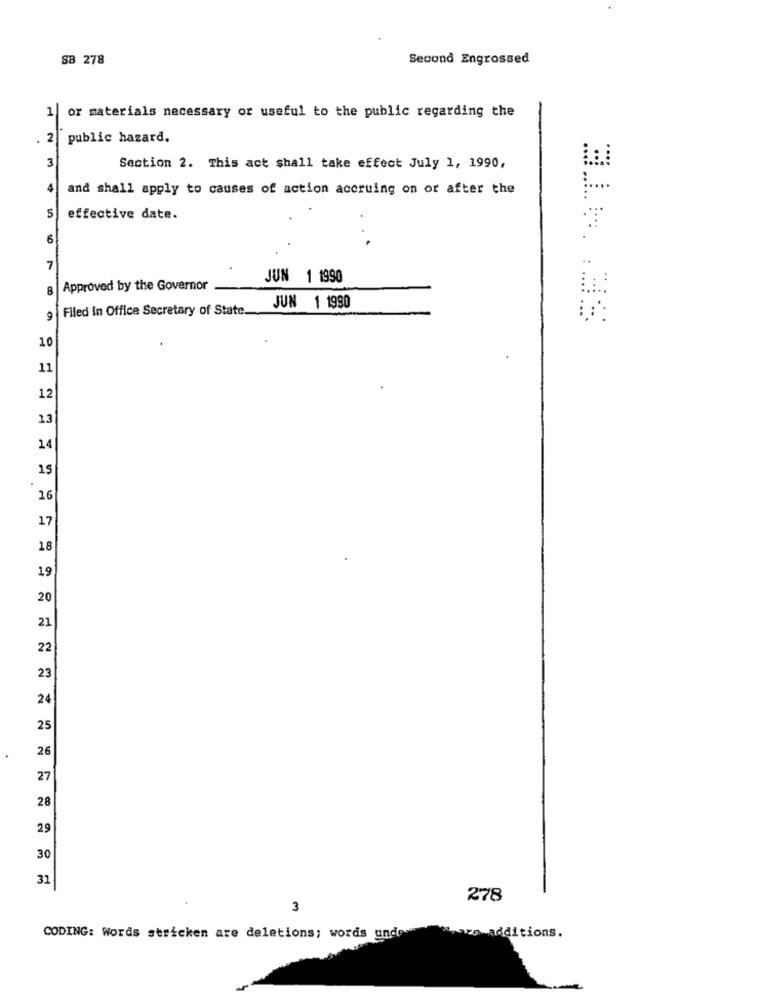
SB 278
Second Engrossed
or materials necessary or useful to the public regarding the
1
2
public hazard.
3
Section 2. This act shall take effect July 1, 1990,
4
and shall apply to causes of action accruing on or after the
5
effective date.
6
7
JUN 1 1990
8
Approved by the Governor
Filed in Office Secretary of State.
JUN 1 1990
9
3.16. 38
10
11
12
13
14
15
16
17
18
19
20
21
22
23
24
25
26
27
28
29
30
31
278
3
Lars additions.
CODING: Words stricken are deletions; words und